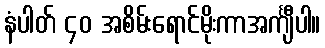
နံပါတ် ၄၀ အစိမ်းရောင်မိုးကာအင်္ကျီပါ။